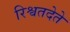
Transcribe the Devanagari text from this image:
रिश्वतदेते